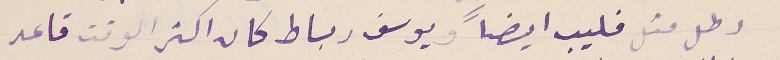
رطل مثل فليب ايضاً ويوسف رباط كان اكثر الوقت قاعد